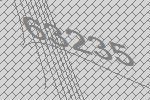
63235